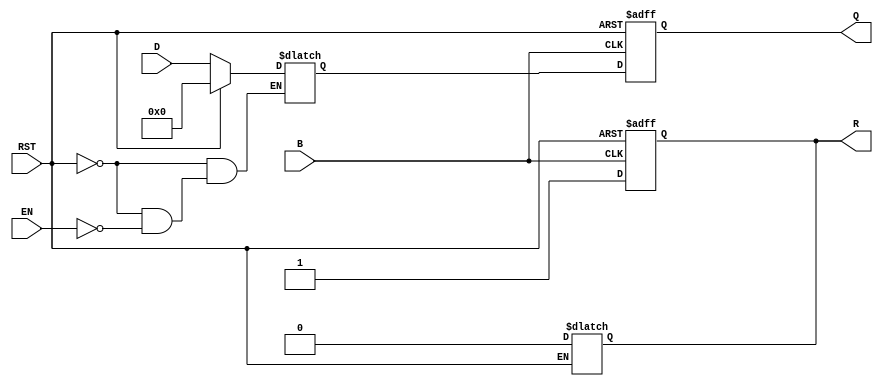
module BarrierRegister #(
    parameter N = 8  // Number of data inputs/outputs
)(
    input  wire [N-1:0] D,     // Data inputs
    input  wire EN,             // Enable signal
    input  wire B,              // Barrier signal
    input  wire RST,            // Asynchronous reset
    output reg  [N-1:0] Q,      // Data outputs
    output reg  R               // Ready signal
);

    // Internal register to hold the data
    reg [N-1:0] data_storage;

    // Asynchronous reset and data capturing logic
    always @(*) begin
        if (RST) begin
            data_storage = {N{1'b0}}; // Clear data storage
            R = 1'b0;                // Reset Ready signal
        end
        else if (EN) begin
            data_storage = D;         // Latch data inputs
        end
    end

    // Barrier logic to release data when the barrier is met
    always @(posedge B or posedge RST) begin
        if (RST) begin
            Q <= {N{1'b0}};           // Clear outputs on reset
            R <= 1'b0;                // Reset Ready signal
        end
        else if (B) begin
            Q <= data_storage;        // Release stored data
            R <= 1'b1;                // Assert Ready signal
        end
    end

endmodule